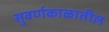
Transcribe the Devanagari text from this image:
सुवर्णकाळातील